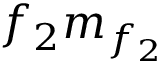
f _ { 2 } m _ { f _ { 2 } }